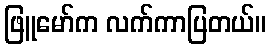
ဖြူမော်က လက်ကာပြတယ်။